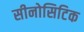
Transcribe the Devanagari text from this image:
सीनोसिटिक